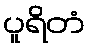
ပူရိတံ